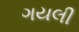
ગયલી